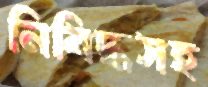
নিষিদ্ধসহ